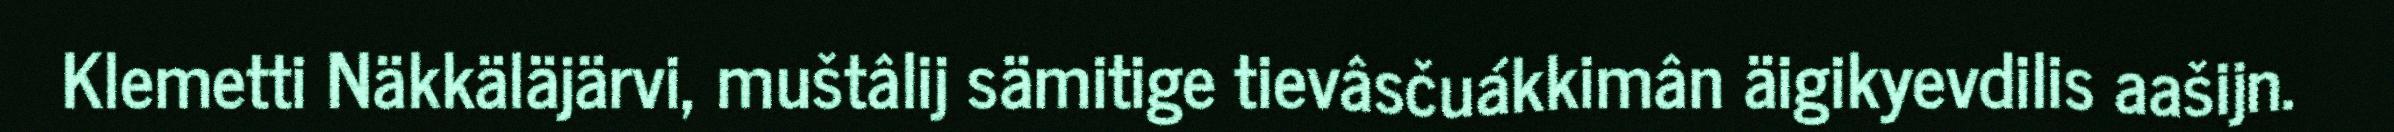
Klemetti Näkkäläjärvi, muštâlij sämitige tievâsčuákkimân äigikyevdilis aašijn.